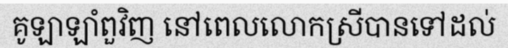
គូឡាឡាំពួវិញ នៅពេលលោកស្រីបានទៅដល់